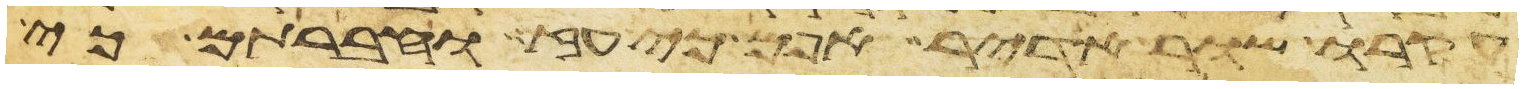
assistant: עקרו שור אדיר אפם כי עז וחברתם כי